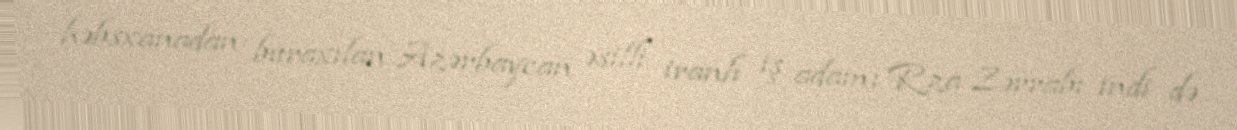
həbsxanadan buraxılan Azərbaycan əsilli iranlı iş adamı Rza Zərrabı indi də